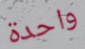
واحدة